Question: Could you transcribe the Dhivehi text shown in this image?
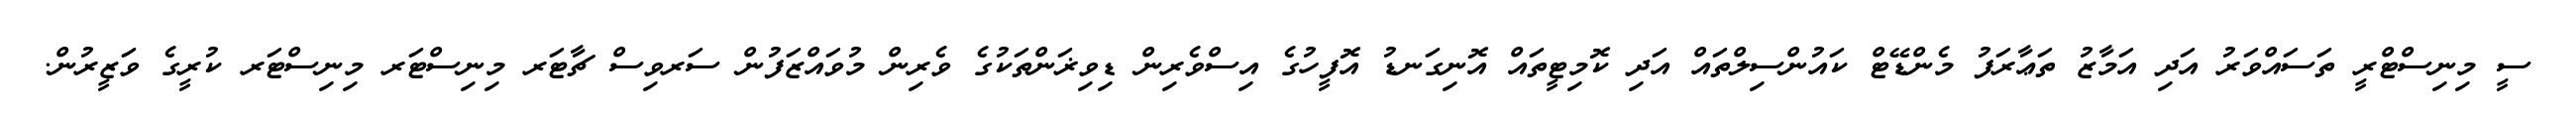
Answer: ސީ މިނިސްޓްރީ ތަސައްވަރު އަދި އަމާޒު ތަޢާރަފު މެންޑޭޓް ކައުންސިލްތައް އަދި ކޮމިޓީތައް އޮނިގަނޑު އޮފީހުގެ އިސްވެރިން ޑިވިޜަންތަކުގެ ވެރިން މުވައްޒަފުން ސަރވިސް ޗާޓަރ މިނިސްޓަރ މިނިސްޓަރ ކުރީގެ ވަޒީރުން.